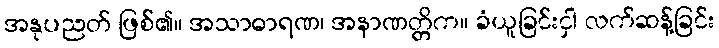
အနုပညတ် ဖြစ်၏။ အသာဓာရဏ၊ အနာဏတ္တိက။ ခံယူခြင်းငှါ လက်ဆန့်ခြင်း